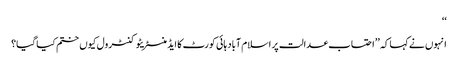
‘‘
انہوں نےکہا کہ ’’احتساب عدالت پر اسلام آباد ہائی کورٹ کا ایڈمنسٹریٹو کنٹرول کیوں ختم کیا گیا؟